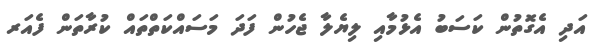
އަދި އެގޮތުން ކަސަބު އެޅުމާއި ލިޔެލާ ޖެހުން ފަދަ މަސައްކަތްތައް ކުރާތަން ފެއަރ